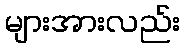
များအားလည်း